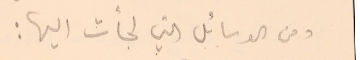
ومن الوسائل التي لجأت اليها :